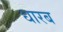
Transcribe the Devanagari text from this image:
धारब